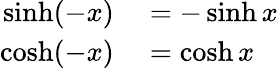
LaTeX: \begin{array}{rl}{\sinh(-x)}&{{}=-\sinh x}\\ {\cosh(-x)}&{{}=\cosh x}\end{array}